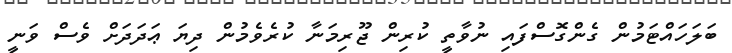
ބަލަހައްޓަމުން ގެންގޮސްފައި ނުވާތީ ކުރިން ޖޫރިމަނާ ކުރެވެމުން ދިޔަ ޢަދަދަށް ވެސް ވަނީ